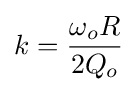
k={\frac {\omega _{o}R}{2Q_{o}}}